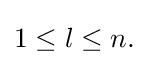
{\begin{matrix}1\leq l\leq n.\end{matrix}}